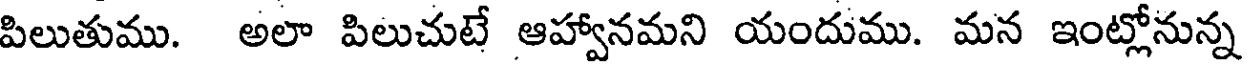
పిలుతుము. అలా పిలుచుటే ఆహ్వానమని యందుము. మన ఇంట్లోనున్న